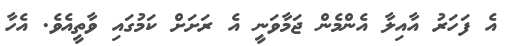
އެ ފަހަރު އާއިލާ އެންމެން ޖަމާވަނީ އެ ރަށަށް ކަމުގައި ވާތީއެވެ. އެހާ